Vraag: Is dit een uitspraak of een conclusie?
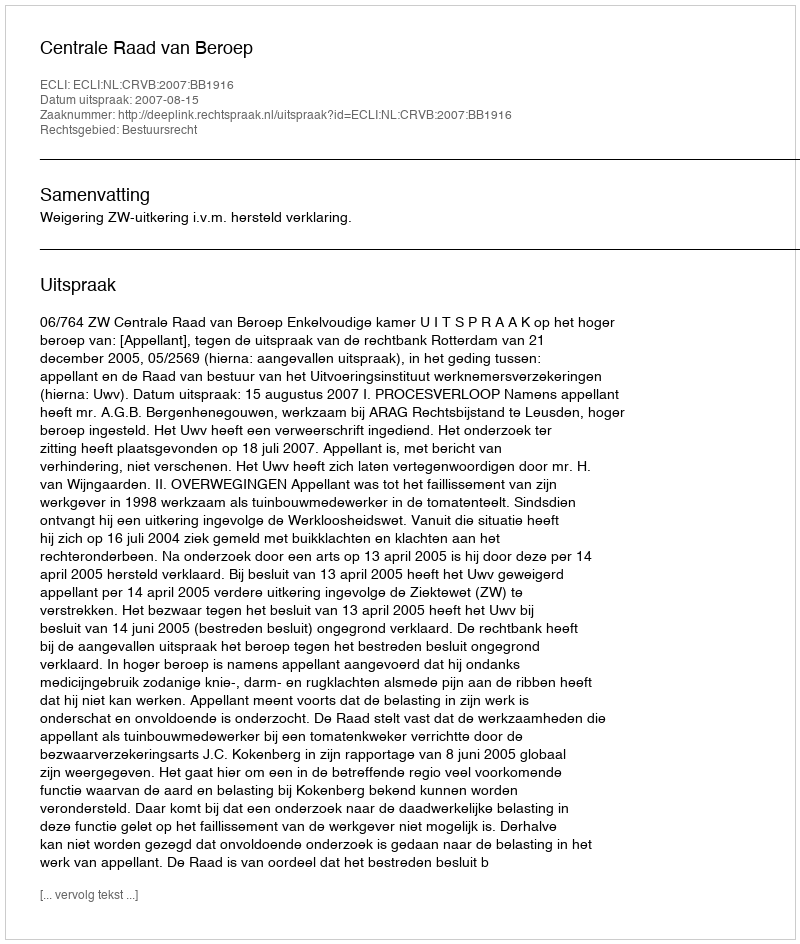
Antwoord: Uitspraak